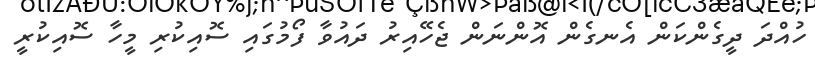
ހުއްދަ ދީގެންކަން އެނގެން އޮންނަން ޖެހޭއިރު ދައުވާ ފޯމުގައި ސޮއިކުރި މީހާ ސޮއިކުރީ